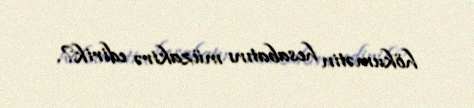
hökumətin hesabatını müzakirə edirik?.